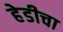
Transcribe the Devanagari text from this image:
हेडीचा